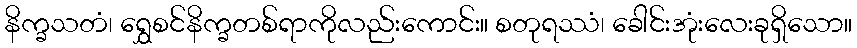
နိက္ခသတံ၊ ရွှေစင်နိက္ခတစ်ရာကိုလည်းကောင်း။ စတုရဿံ၊ ခေါင်းအုံးလေးခုရှိသော။